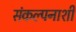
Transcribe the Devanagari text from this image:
संकल्पनाशी